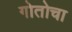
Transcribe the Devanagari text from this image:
गोतोचा